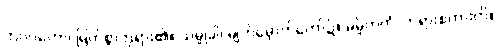
ဘဂဝတော၊ မြတ်စွာဘုရား၏။ သမ္မုခါ၊ မျက်မှောက်တော်၌။ ဓမ္မိကတံ၊ တရားစကားကို။